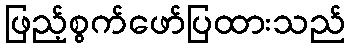
ဖြည့်စွက်ဖော်ပြထားသည်